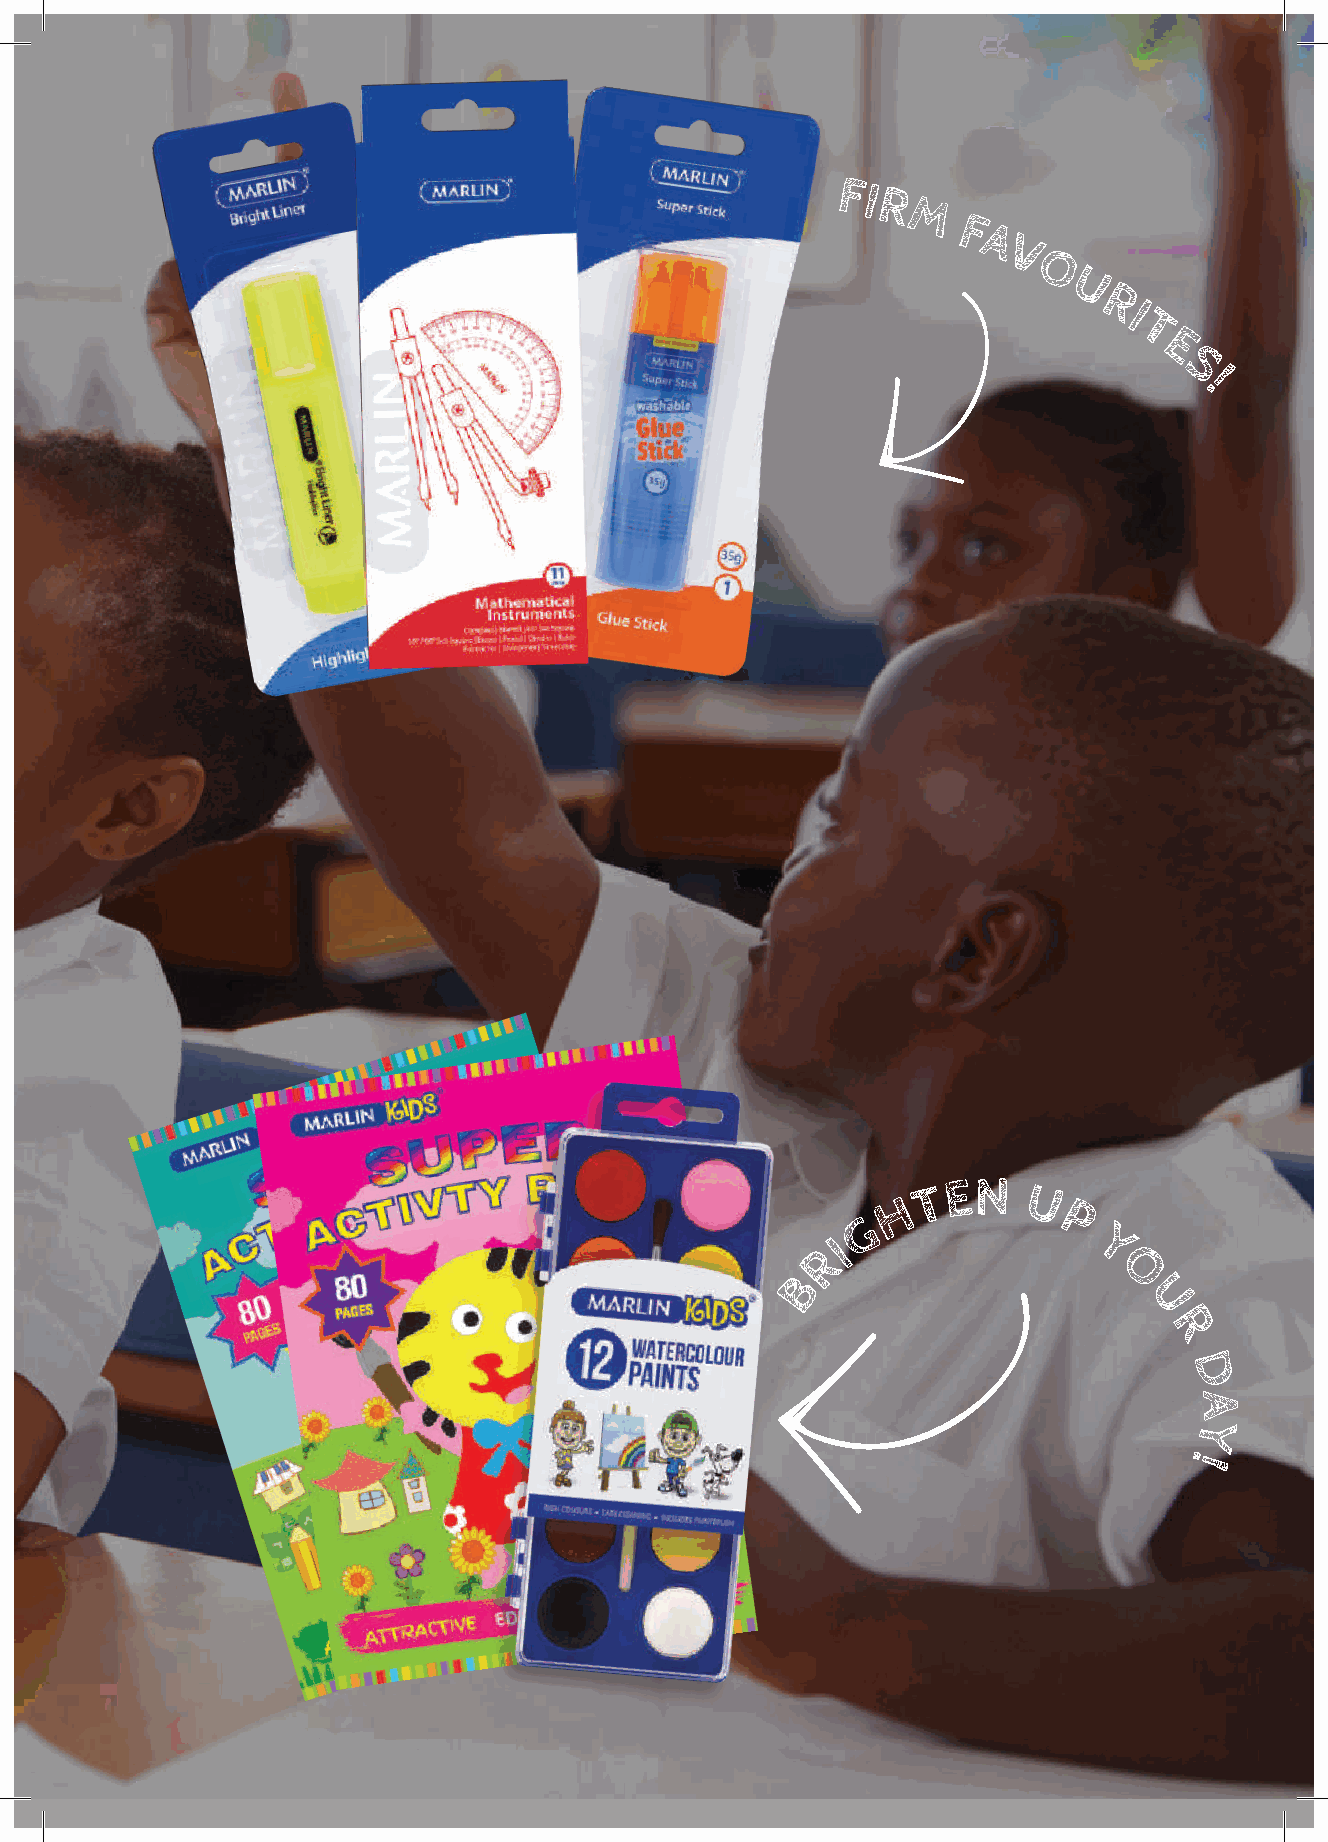
FI
 R
 M
 F
 A
 V
 O
 U
 R
 I
 T
 E
 S
 !
 N ’ T
 WORRY ABO
 U
 D
 O T
 M
 A
 KI
 N
 G
 M
 I
 S
 T
 A                                                            T EN
 H       U
 K
 E
 G           P
 S
 !
 RI                Y
 B                    O
 U
 R
 D
 A
 Y
 !
 39